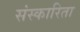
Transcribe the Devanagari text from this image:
संस्कारिता